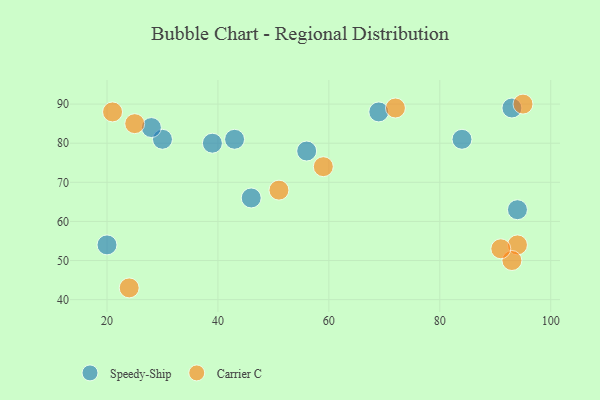
{"axis": {"x": "GDP", "y": "Life Expectancy"}, "legend": ["Carrier C", "Speedy-Ship"], "data": [{"x": "46", "y": 66, "type": "Speedy-Ship"}, {"x": "93", "y": 89, "type": "Speedy-Ship"}, {"x": "20", "y": 54, "type": "Speedy-Ship"}, {"x": "30", "y": 81, "type": "Speedy-Ship"}, {"x": "84", "y": 81, "type": "Speedy-Ship"}, {"x": "39", "y": 80, "type": "Speedy-Ship"}, {"x": "94", "y": 63, "type": "Speedy-Ship"}, {"x": "43", "y": 81, "type": "Speedy-Ship"}, {"x": "28", "y": 84, "type": "Speedy-Ship"}, {"x": "56", "y": 78, "type": "Speedy-Ship"}, {"x": "69", "y": 88, "type": "Speedy-Ship"}, {"x": "94", "y": 54, "type": "Carrier C"}, {"x": "93", "y": 50, "type": "Carrier C"}, {"x": "72", "y": 89, "type": "Carrier C"}, {"x": "24", "y": 43, "type": "Carrier C"}, {"x": "95", "y": 90, "type": "Carrier C"}, {"x": "59", "y": 74, "type": "Carrier C"}, {"x": "91", "y": 53, "type": "Carrier C"}, {"x": "21", "y": 88, "type": "Carrier C"}, {"x": "51", "y": 68, "type": "Carrier C"}, {"x": "25", "y": 85, "type": "Carrier C"}]}